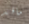
ماقد